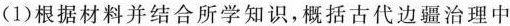
(1)根据材料并结合所学知识，概括古代边疆治理中